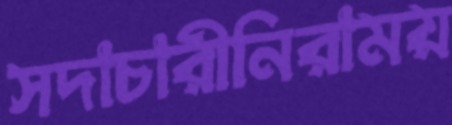
সদাচারীনিরাময়